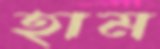
হাম